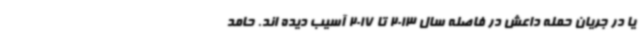
یا در جریان حمله داعش در فاصله سال 2013 تا 2017 آسیب دیده اند. حامد